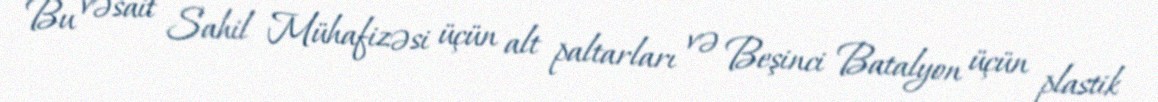
Bu vəsait Sahil Mühafizəsi üçün alt paltarları və Beşinci Batalyon üçün plastik